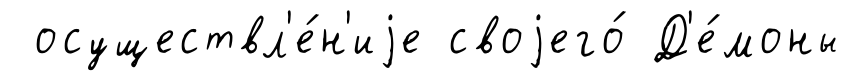
осуществл'е́н'иjе своjего́ Д'е́моны